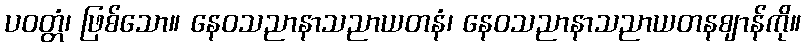
ပဝတ္တံ၊ ဖြစ်သော။ နေဝသညာနာသညာယတနံ၊ နေဝသညာနာသညာယတနဈာန်ကို။